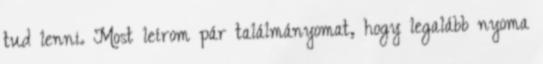
tud lenni. Most leírom pár találmányomat, hogy legalább nyoma